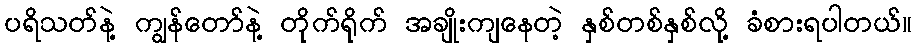
ပရိသတ်နဲ့ ကျွန်တော်နဲ့ တိုက်ရိုက် အချိုးကျနေတဲ့ နှစ်တစ်နှစ်လို့ ခံစားရပါတယ်။